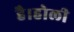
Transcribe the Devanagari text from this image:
है।होली